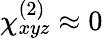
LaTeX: \chi_{xyz}^{(2)}\approx 0